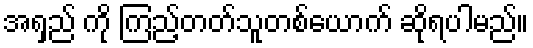
အရှည် ကို ကြည့်တတ်သူတစ်ယောက် ဆိုရပါမည်။